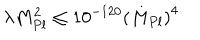
\lambda M _ { P l } ^ { 2 } \leq 1 0 ^ { - 1 2 0 } \left( M _ { P l } \right) ^ { 4 }